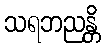
သရဘညန္တိ